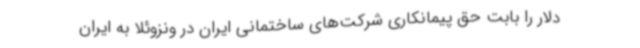
دلار را بابت حق پیمانکاری شرکت‌های ساختمانی ایران در ونزوئلا به ایران